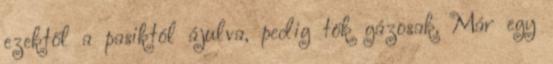
ezektől a pasiktól ájulva, pedig tök gázosak. Már egy